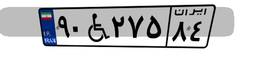
۶۶W۷۳۸۰۲